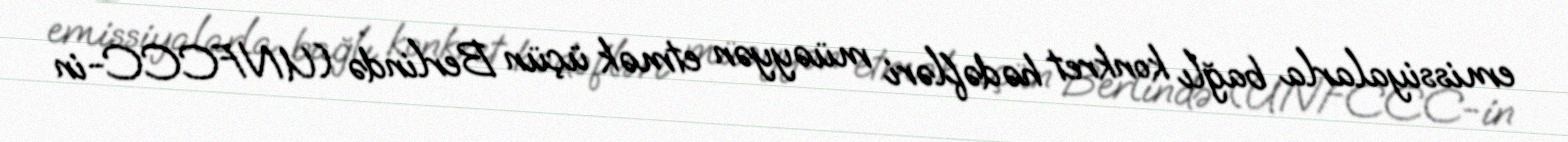
emissiyalarla bağlı konkret hədəfləri müəyyən etmək üçün Berlində (UNFCCC-in